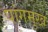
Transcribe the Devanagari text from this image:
पांगमुख